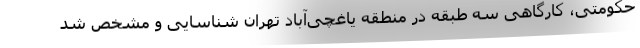
حکومتی، کارگاهی سه طبقه در منطقه یاغچی‌آباد تهران شناسایی و مشخص شد